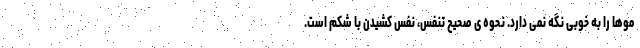
موها را به خوبی نگه نمی دارد. نحوه ی صحیح تنفس، نفس کشیدن با شکم است.